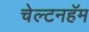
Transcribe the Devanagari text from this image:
चेल्टनहॅम